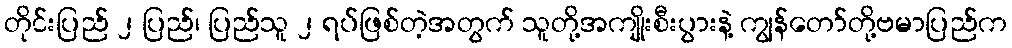
တိုင်းပြည် ၂ ပြည်၊ ပြည်သူ ၂ ရပ်ဖြစ်တဲ့အတွက် သူတို့အကျိုးစီးပွားနဲ့ ကျွန်တော်တို့ဗမာပြည်က